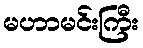
မဟာမင်းကြီး